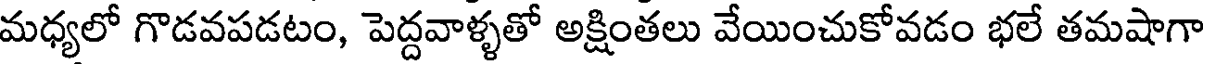
మధ్యలో గొడవపడటం, పెద్దవాళ్ళతో అక్షింతలు వేయించుకోవడం భలే తమషాగా